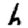
Digit: 6